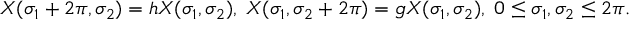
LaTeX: X ( \sigma _ { 1 } + 2 \pi , \sigma _ { 2 } ) = h X ( \sigma _ { 1 } , \sigma _ { 2 } ) , \; X ( \sigma _ { 1 } , \sigma _ { 2 } + 2 \pi ) = g X ( \sigma _ { 1 } , \sigma _ { 2 } ) , \; 0 \leq \sigma _ { 1 } , \sigma _ { 2 } \leq 2 \pi .